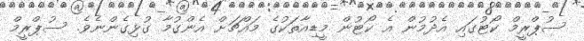
ސުޕްރީމް ކޯޓުގައި އެދުމުން އެ ކޯޓުން މީޑިއާތަކުގެ މައްޗަށް އެންގުމާ ގުޅިގެންނެވެ. ސުޕްރީމް